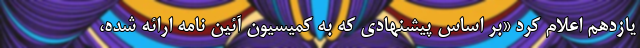
یازدهم اعلام کرد «بر اساس پیشنهادی که به کمیسیون آئین نامه ارائه شده،